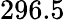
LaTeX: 296.5